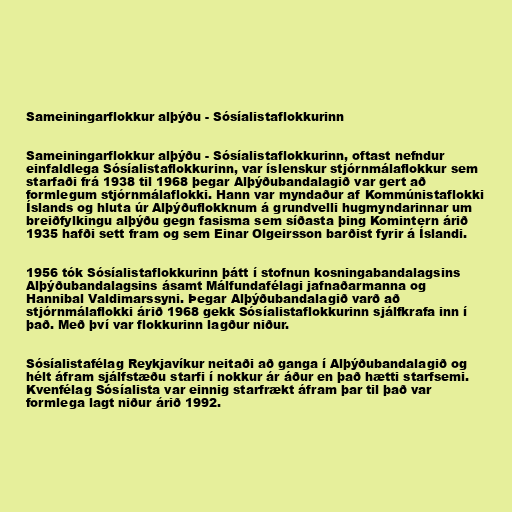
Sameiningarflokkur alþýðu - Sósíalistaflokkurinn

Sameiningarflokkur alþýðu - Sósíalistaflokkurinn, oftast nefndur
einfaldlega Sósíalistaflokkurinn, var íslenskur stjórnmálaflokkur sem
starfaði frá 1938 til 1968 þegar Alþýðubandalagið var gert að
formlegum stjórnmálaflokki. Hann var myndaður af Kommúnistaflokki
Íslands og hluta úr Alþýðuflokknum á grundvelli hugmyndarinnar um
breiðfylkingu alþýðu gegn fasisma sem síðasta þing Komintern árið
1935 hafði sett fram og sem Einar Olgeirsson barðist fyrir á Íslandi.

1956 tók Sósíalistaflokkurinn þátt í stofnun kosningabandalagsins
Alþýðubandalagsins ásamt Málfundafélagi jafnaðarmanna og
Hannibal Valdimarssyni. Þegar Alþýðubandalagið varð að
stjórnmálaflokki árið 1968 gekk Sósíalistaflokkurinn sjálfkrafa inn í
það. Með því var flokkurinn lagður niður.

Sósíalistafélag Reykjavíkur neitaði að ganga í Alþýðubandalagið og
hélt áfram sjálfstæðu starfi í nokkur ár áður en það hætti starfsemi.
Kvenfélag Sósíalista var einnig starfrækt áfram þar til það var
formlega lagt niður árið 1992.